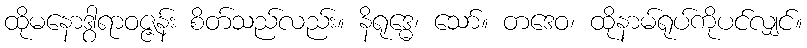
ထိုမနောဒွါရာဝဇ္ဇန်း စိတ်သည်လည်း။ နိရုဒ္ဓေ၊ သော်။ တဒေဝ၊ ထိုနာမ်ရုပ်ကိုပင်လျှင်။